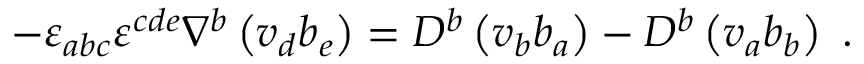
- { \varepsilon } _ { a b c } { \varepsilon } ^ { c d e } \nabla ^ { b } \left( v _ { d } b _ { e } \right) = D ^ { b } \left( v _ { b } b _ { a } \right) - D ^ { b } \left( v _ { a } b _ { b } \right) \; .